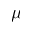
\mu